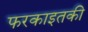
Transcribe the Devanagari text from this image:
फरकाइतकी